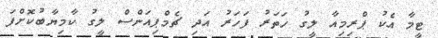
ޓީމާ އެކު ޕްރިމިއާ ލީގު ހަތަރު ފަހަރު އަދި ޗެމްޕިއަންސް ލީގު ކާމިޔާބުކޮށްފަ